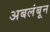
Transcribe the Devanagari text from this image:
अबलंबून